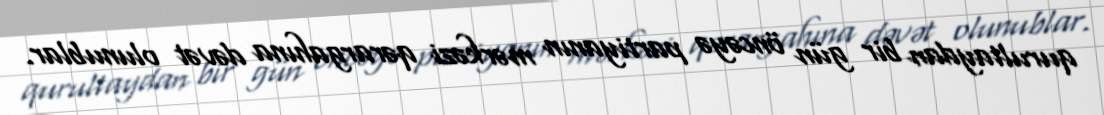
qurultaydan bir gün öncəyə partiyanın mərkəzi qərargahına dəvət olunublar.